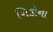
નિકોના